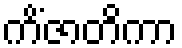
ကိံဇာတိကာ